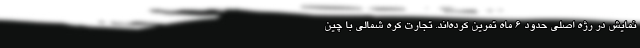
نمایش در رژه اصلی حدود 6 ماه تمرین کرده‌اند. تجارت کره شمالی با چین